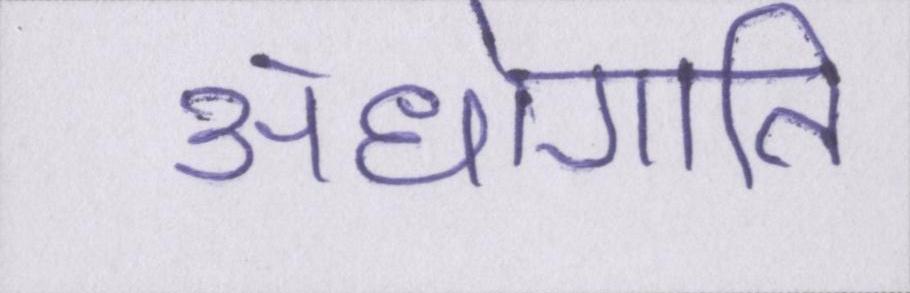
अधोगति